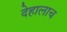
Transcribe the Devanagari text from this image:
देहालाच